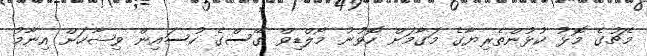
މެޗުގެ މޮޅު ކުޅުންތެރިޔާގެ މަގާމަށް ހޮވުނު މޯލްޑިވް ގޭސްގެ ހުސައިން ވިޝާހަށް އިނާމު